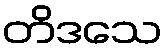
တိဒသေ